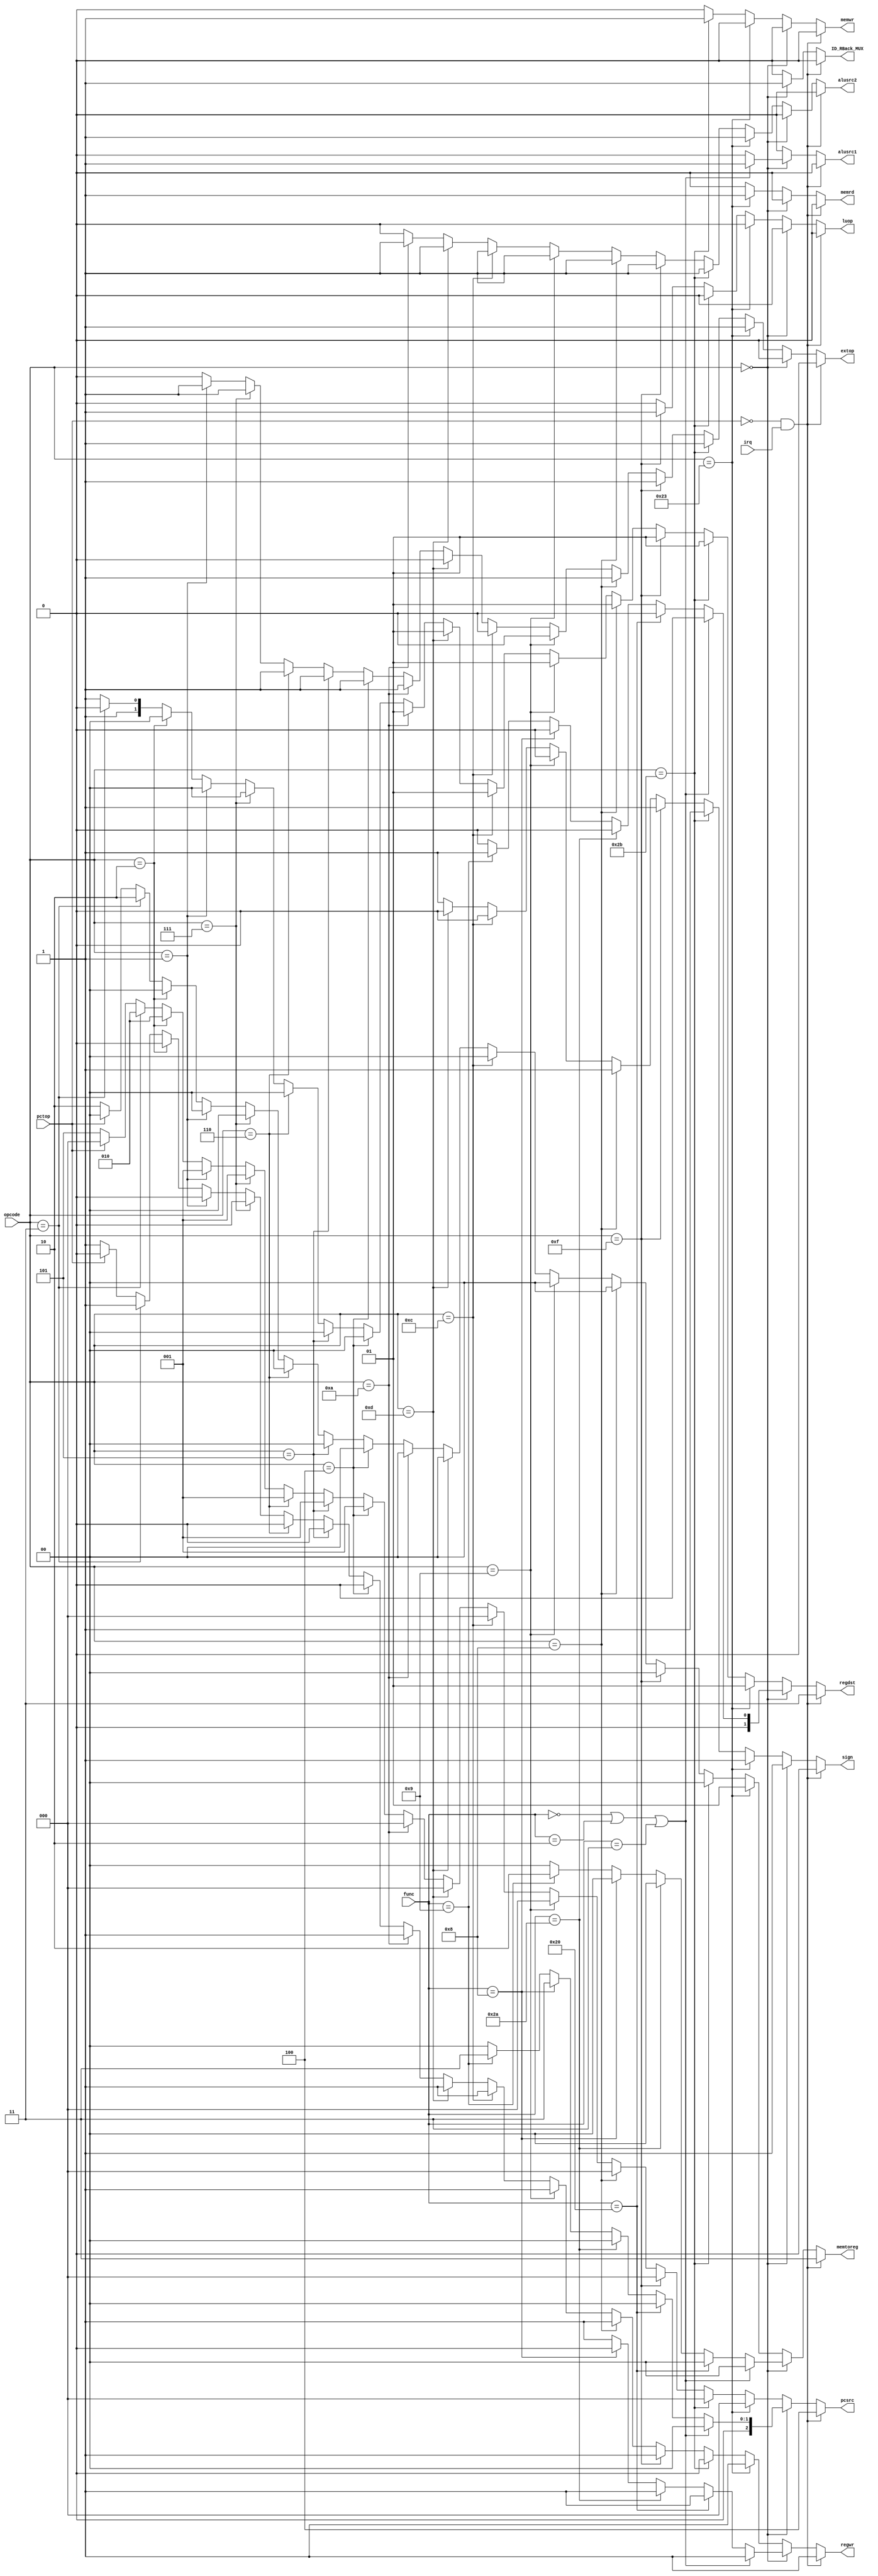
module control(opcode , func , irq , pctop, pcsrc , regdst , memtoreg ,
			   regwr , alusrc1 , alusrc2 , sign , memwr , memrd , extop , luop , ID_RBack_MUX);
  input [5:0] opcode , func;
  input irq , pctop;
  output reg [2:0] pcsrc;
  output reg [1:0] regdst , memtoreg;
  output reg regwr , alusrc1 , alusrc2 , sign , memwr , memrd , extop , luop, ID_RBack_MUX;
  
  always@(*) begin
    if(pctop==0 && irq) begin        //break off while irq is effective 
                                     //and PC is in the region from
                                     //0x00000000 to 0x7FFFFFFF
      ID_RBack_MUX <= 0;
	  pcsrc = 3'b100;
      regdst = 2'b11;
      regwr = 1;
	  alusrc1 = 0;
	  alusrc2 = 0;
      memwr = 0;
      memrd = 0;
      memtoreg = 2'b11;
	  sign = 0;
	  extop = 0;
	  luop = 0;
    end
	
    else begin
      if (opcode == 6'b000000) begin //r-type
        if (func == 6'b000000 || func == 6'b000010 || func == 6'b000011) begin //shift 
		  ID_RBack_MUX <= 1;
          pcsrc = 3'b000;
		  regdst = 2'b00;
		  regwr = 1;
          alusrc1 = 1;
		  alusrc2 = 0;
		  memwr = 0;
		  memrd = 0;
		  memtoreg = 2'b00;
          sign = 1;
		  extop = 0;
		  luop = 0;
        end
		
        else if(func == 6'b100000 || func == 100010) begin //add & sub
		  ID_RBack_MUX <= 1;
          pcsrc = 3'b000;
		  regdst = 2'b00;
		  regwr = 1;
		  alusrc1 = 0;
		  alusrc2 = 0;
		  memwr = 0;
		  memrd = 0;
		  memtoreg = 2'b00;
          sign = 1;
		  extop = 0;
		  luop = 0;
        end
		
        else if(func == 6'b101010) begin //slt
		  ID_RBack_MUX <= 1;
          pcsrc = 3'b000;
		  regdst = 2'b00;
		  regwr = 1;
		  alusrc1 = 0;
		  alusrc2 = 0;
		  memwr = 0;
		  memrd = 0;
		  memtoreg = 2'b00;
          sign = 1;
		  extop = 0;
		  luop = 0;
        end
		
        else if(func == 6'b001000) begin //jr
		  ID_RBack_MUX <= 1;
          pcsrc = 3'b011;
		  regdst = 2'b00;
          regwr = 0;
		  alusrc1 = 0;
		  alusrc2 = 0;
		  memwr = 0;
		  memrd = 0;
		  memtoreg = 2'b00;
          sign = 1;
		  extop = 0;
		  luop = 0;
        end
		
        else if(func == 6'b001001) begin //jalr
		  ID_RBack_MUX <= 1;
          pcsrc = 3'b011;
          regdst = 2'b01;
		  regwr = 1;
		  alusrc1 = 0;
		  alusrc2 = 0;
		  memwr = 0;
		  memrd = 0;
		  memtoreg = 2'b10;
          sign = 1;
		  extop = 0;
		  luop = 0;
        end
		
        else begin //add
		  ID_RBack_MUX <= 1;
		  pcsrc = 3'b000;
		  regdst = 2'b00;
		  regwr = 1;
		  alusrc1 = 0;
		  alusrc2 = 0;
		  memwr = 0;
		  memrd = 0;
		  memtoreg = 2'b00;
          sign = 1;
		  extop = 0;
		  luop = 0;
        end
		
      end
	  
      else if(opcode == 6'b100011) begin //lw
		ID_RBack_MUX <= 0;
        pcsrc = 3'b000;
        regdst = 2'b01;
        regwr = 1;
        alusrc1 = 0;
        alusrc2 = 1;
        memwr = 0;
        memrd = 1;
        memtoreg = 2'b01;
		sign = 1;
        extop = 1;
        luop = 0;
      end
	  
      else if(opcode == 6'b101011) begin //sw
		ID_RBack_MUX <= 0;
        pcsrc = 3'b000;
        regdst = 2'b01;
        regwr = 0;
        alusrc1 = 0;
        alusrc2 = 1;
        memwr = 1;
        memrd = 0;
		memtoreg = 2'b00;
		sign = 1;
        extop = 1;
        luop = 0;
      end
	  
      else if(opcode == 6'b001111) begin //lui
		ID_RBack_MUX <= 0;
        pcsrc = 3'b000;
        regdst = 2'b01;
        regwr = 1;
        alusrc1 = 0;
        alusrc2 = 1;
        memwr = 0;
        memrd = 0;
        memtoreg = 2'b00;
		sign = 1;
        extop = 1;
        luop = 1;
      end
	  
      else if(opcode == 6'b001000) begin //addi
		ID_RBack_MUX <= 0;
        pcsrc = 3'b000;
        regdst = 2'b01;
        regwr = 1;
        alusrc1 = 0;
        alusrc2 = 1;
        memwr = 0;
        memrd = 0;
        memtoreg = 2'b00;
        sign = 1;
        extop = 1;
        luop = 0;
      end
	  
      else if(opcode == 6'b001001) begin //addiu
		ID_RBack_MUX <= 0;
        pcsrc = 3'b000;
        regdst = 2'b01;
        regwr = 1;
        alusrc1 = 0;
        alusrc2 = 1;
        memwr = 0;
        memrd = 0;
        memtoreg = 2'b00;
		sign = 0;
        extop = 0;
        luop = 0;
      end
	  
      else if(opcode == 6'b001100) begin //andi
		ID_RBack_MUX <= 0;
        pcsrc = 3'b000;
        regdst = 2'b01;
        regwr = 1;
        alusrc1 = 0;
        alusrc2 = 1;
        memwr = 0;
        memrd = 0;
        memtoreg = 2'b00;
        extop = 0;
        luop = 0;
        sign = 0;
      end
	  
      else if(opcode == 6'b001101) begin //ori
		ID_RBack_MUX <= 0;
        pcsrc = 3'b000;
        regdst = 2'b01;
        regwr = 1;
        alusrc1 = 0;
        alusrc2 = 1;
        memwr = 0;
        memrd = 0;
        memtoreg = 2'b00;
        extop = 0;
        luop = 0;
        sign = 0;
      end
	  
      else if(opcode == 6'b001010) begin //slti
		ID_RBack_MUX <= 0;
        pcsrc = 3'b000;
        regdst = 2'b01;
        regwr = 1;
        alusrc1 = 0;
        alusrc2 = 1;
        memwr = 0;
        memrd = 0;
        memtoreg = 2'b00;
        extop = 1;
        luop = 0;
        sign = 1;
      end
	  
      else if(opcode == 6'b001010) begin //sltiu
		ID_RBack_MUX <= 0;
        pcsrc = 3'b000;
        regdst = 2'b01;
        regwr = 1;
        alusrc1 = 0;
        alusrc2 = 1;
        memwr = 0;
        memrd = 0;
        memtoreg = 2'b00;
        extop = 0;
        luop = 0;
        sign = 0;
      end
	  
      else if(opcode == 6'b000100) begin //beq
		ID_RBack_MUX <= 0;
        pcsrc = 3'b001;
		regdst = 2'b00;
        regwr = 0;
        alusrc1 = 0;
        alusrc2 = 0;
        memwr = 0;
        memrd = 0;
		memtoreg = 2'b00;
        extop = 1;
		luop = 0;
        sign = 1;
      end
	  
      else if(opcode == 6'b000101) begin //bne
		ID_RBack_MUX <= 0;
        pcsrc = 3'b001;
		regdst = 2'b00;
        regwr = 0;
        alusrc1 = 0;
        alusrc2 = 0;
        memwr = 0;
        memrd = 0;
		memtoreg = 2'b00;
        extop = 1;
		luop = 0;
        sign = 1;
      end
	  
      else if(opcode == 6'b000110) begin //blez
		ID_RBack_MUX <= 0;
        pcsrc = 3'b001;
		regdst = 2'b00;
        regwr = 0;
        alusrc1 = 0;
        alusrc2 = 0;
        memwr = 0;
        memrd = 0;
		memtoreg = 2'b00;
        extop = 1;
		luop = 0;
        sign = 1;
      end
	  
      else if(opcode == 6'b000111) begin //bgtz
		ID_RBack_MUX <= 0;
        pcsrc = 3'b001;
		regdst = 2'b00;
        regwr = 0;
        alusrc1 = 0;
        alusrc2 = 0;
        memwr = 0;
        memrd = 0;
		memtoreg = 2'b00;
        extop = 1;
		luop = 0;
        sign = 1;
      end
	  
      else if(opcode == 6'b000001) begin //bltz
		ID_RBack_MUX <= 0;
        pcsrc = 3'b001;
		regdst = 2'b00;
        regwr = 0;
        alusrc1 = 0;
        alusrc2 = 0;
        memwr = 0;
        memrd = 0;
		memtoreg = 2'b00;
        extop = 1;
		luop = 0;
        sign = 1;
      end
	  
      else if(opcode == 6'b000010) begin //j
		ID_RBack_MUX <= 0;
        pcsrc = 3'b010;
		regdst = 2'b00;
		regwr = 0;
		alusrc1 = 0;
        alusrc2 = 0;
        memwr = 0;
        memrd = 0;
		memtoreg = 2'b00;
        extop = 0;
		luop = 0;
        sign = 1;
      end
	  
      else if(opcode == 6'b000011) begin //jal
		ID_RBack_MUX <= 0;
        pcsrc = 3'b010;
        regdst = 2'b10;
        regwr = 1;
		alusrc1 = 0;
        alusrc2 = 0;
        memwr = 0;
        memrd = 0;
        memtoreg = 2'b10;
		extop = 0;
		luop = 0;
        sign = 1;
      end
	  
      else begin //nondefined code
        if(pctop==0) begin //normal code
          ID_RBack_MUX <= 0;
		  pcsrc = 3'b101;
          regdst = 2'b11;
          regwr = 1;
		  alusrc1 = 0;
		  alusrc2 = 0;
          memwr = 0;
          memrd = 0;
          memtoreg = 2'b10;
		  extop = 0;
		  luop = 0;
          sign = 1;
        end
        else begin //inner code
          ID_RBack_MUX <= 0;
		  pcsrc = 3'b000;
		  regdst = 2'b11;
          regwr = 0;
		  alusrc1 = 0;
		  alusrc2 = 0;
          memwr = 0;
          memrd = 0;
		  memtoreg = 2'b00;
		  extop = 0;
		  luop = 0;
          sign = 1;
        end
      end
    end
  end
  
endmodule